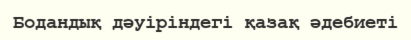
Бодандық дәуіріндегі қазақ әдебиеті